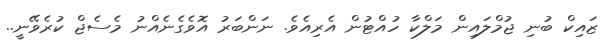
ޒައިކް ބުނި ޖުމްލައިން މަލްކާ ހުއްޓުން އެރިއެވެ. ނަންބަރު އޮވެގެނެއްނު މެސެޖް ކުރެވޭނީ..